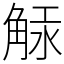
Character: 觨